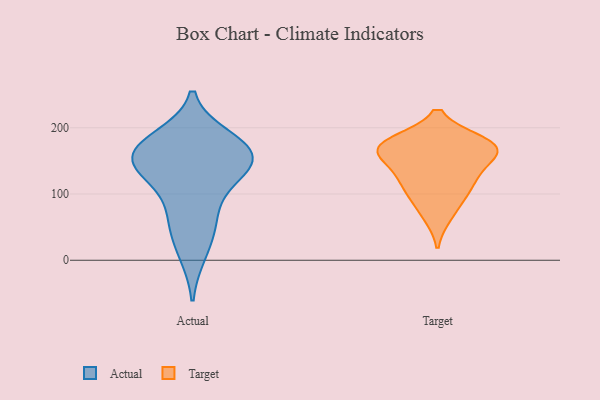
{"axis": {"x": "Customer Acquisition Cost (USD)", "y": "Value"}, "legend": ["Actual", "Target"], "data": [{"x": "", "y": 135, "type": "Actual"}, {"x": "", "y": 166, "type": "Actual"}, {"x": "", "y": 119, "type": "Actual"}, {"x": "", "y": 12, "type": "Actual"}, {"x": "", "y": 169, "type": "Actual"}, {"x": "", "y": 68, "type": "Actual"}, {"x": "", "y": 156, "type": "Actual"}, {"x": "", "y": 54, "type": "Actual"}, {"x": "", "y": 159, "type": "Actual"}, {"x": "", "y": 182, "type": "Actual"}, {"x": "", "y": 147, "type": "Actual"}, {"x": "", "y": 96, "type": "Target"}, {"x": "", "y": 168, "type": "Target"}, {"x": "", "y": 133, "type": "Target"}, {"x": "", "y": 68, "type": "Target"}, {"x": "", "y": 178, "type": "Target"}, {"x": "", "y": 176, "type": "Target"}, {"x": "", "y": 166, "type": "Target"}, {"x": "", "y": 171, "type": "Target"}, {"x": "", "y": 111, "type": "Target"}, {"x": "", "y": 165, "type": "Target"}, {"x": "", "y": 127, "type": "Target"}]}